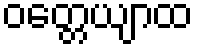
ဝတ္တေယျာထ